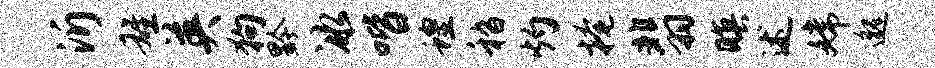
沂雄英狗黔冰喈蝗嵇灼掩翡暝述嫦邈